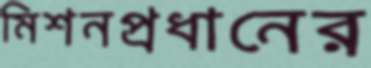
মিশনপ্রধানের